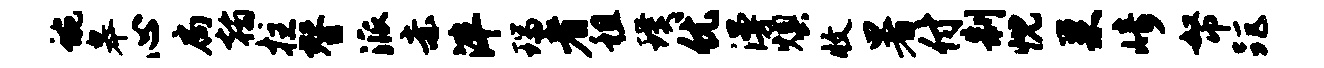
蜿皋心扃翰拄替派赤泮瑞者租璞优漫燠收暑付制忱巢崎帑距